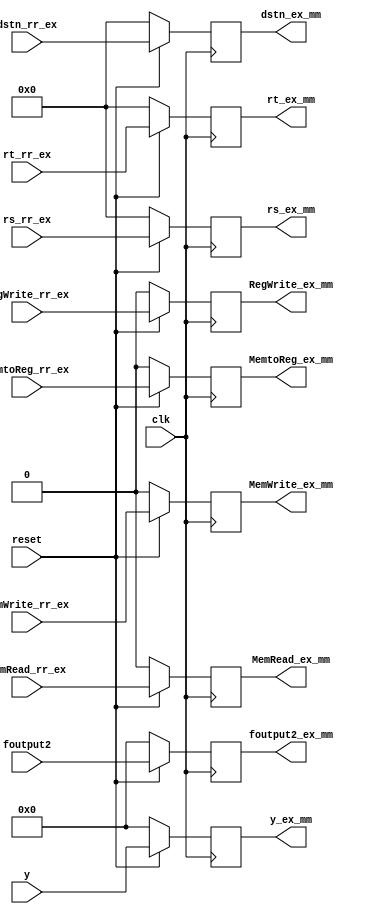
`timescale 1ns / 1ps
module ex_mm(input clk, input reset,
             input [4:0] dstn_rr_ex,
             output reg [4:0] dstn_ex_mm,
             input [31:0] y,                   //alu result
             output reg [31:0] y_ex_mm,
             input [31:0] foutput2,   // data to be written in dmem if sw
             output reg [31:0] foutput2_ex_mm,
             input MemRead_rr_ex,
             output reg MemRead_ex_mm,
             input MemWrite_rr_ex,
             output reg MemWrite_ex_mm,
             input MemtoReg_rr_ex,
             output reg MemtoReg_ex_mm,
             input RegWrite_rr_ex,
             output reg  RegWrite_ex_mm,
             input [4:0] rs_rr_ex,
             output reg [4:0] rs_ex_mm,
             input [4:0] rt_rr_ex,
             output reg [4:0] rt_ex_mm
             );
    
 always@(posedge clk)
 begin
 if(reset==0)
   begin
   MemRead_ex_mm<=0;
   MemWrite_ex_mm<=0;
   dstn_ex_mm<=0;
   y_ex_mm<=0;
  foutput2_ex_mm<=0;
   MemtoReg_ex_mm<=0;
   RegWrite_ex_mm<=0;
   rs_ex_mm<=0;
   rt_ex_mm<=0;
   
   
   end
 else
   begin
   MemRead_ex_mm<=MemRead_rr_ex;
   MemWrite_ex_mm<=MemWrite_rr_ex;
    dstn_ex_mm<= dstn_rr_ex;
    y_ex_mm<=y;
    foutput2_ex_mm<=foutput2;
    MemtoReg_ex_mm<=MemtoReg_rr_ex;
   RegWrite_ex_mm<=RegWrite_rr_ex;
   rs_ex_mm<=rs_rr_ex;
   rt_ex_mm<=rt_rr_ex;
   end
end
   
   
endmodule